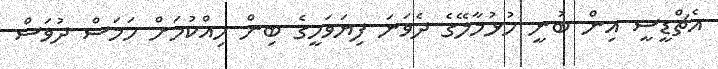
އެޗްޑީސީ އިން ބުނީ ހުޅުމާލޭގެ ދެވަނަ ފިޔަވަހީގެ ބިން ހިއްކުމަށް ހަމަސް ދުވަސް